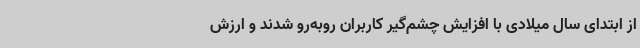
از ابتدای سال میلادی با افزایش چشم‌گیر کاربران روبه‌رو شدند و ارزش